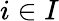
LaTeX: i\in I